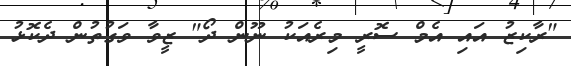
"ރާކިޒު އައި އެމް ސޮރީ މިރެއަކު ނޫން ދޯ" ޒީވާ ވަގުތުން ދެކޮޅު